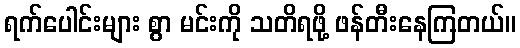
ရက်ပေါင်းများ စွာ မင်းကို သတိရဖို့ ဖန်တီးနေကြတယ်။